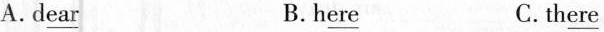
A.\underline{dear} B. \underline{here} C.th\underline{ere}